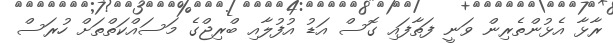
ރާޅާ އެޅުންތެރިން ވަނީ ފަތާފައި ގޮސް އަޑު އުފުލާއި ބްރިޖްގެ މަސައްކަތްތަށް ހުރަސް